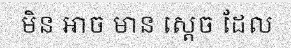
មិន អាច មាន ស្តេច ដែល